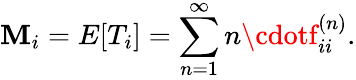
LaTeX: \mathbf{M}_{i}=E[T_{i}]=\sum_{n=1}^{\infty}n\cdotf_{ii}^{(n)}.